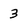
Character: 3